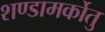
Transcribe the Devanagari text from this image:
शण्डामर्कोतु